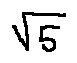
\sqrt { 5 }